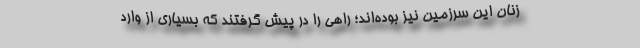
زنان این سرزمین نیز بوده‌اند؛ راهی را در پیش گرفتند که بسیاری از وارد